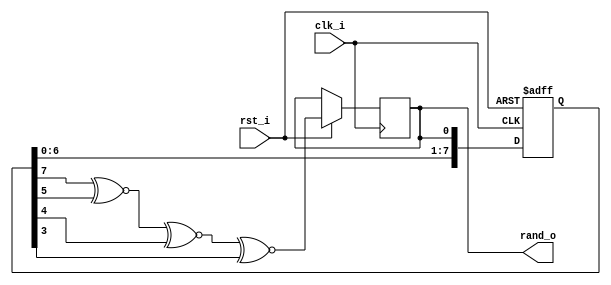
`timescale 1ns / 1ps
//////////////////////////////////////////////////////////////////////////////////
// Company: 
// Engineer: 
// 
// Design Name: 
// Module Name: randbit
// Project Name: 
// Target Devices: 
// Tool Versions: 
// Description: 
// 
// Dependencies: 
// 
// Revision:
// Revision 0.01 - File Created
// Additional Comments:
// 
//////////////////////////////////////////////////////////////////////////////////


module randbit 
    # (parameter Seed = 8'b0) (
    input clk_i,
    input rst_i,
    output reg rand_o
    );
    
    reg [7:0] next_lfsr = 8'b0;
    
    always @(posedge clk_i or negedge rst_i) begin
        if (rst_i == 0) begin
            next_lfsr <= Seed;
        end else begin
            next_lfsr <= {next_lfsr[6:0], rand_o};
            rand_o = next_lfsr[7] ^~ next_lfsr[5] ^~ next_lfsr[4] ^~ next_lfsr[3];
        end
    end
endmodule